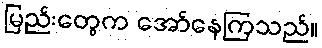
မြည်းတွေက အော်နေကြသည်။